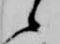
候